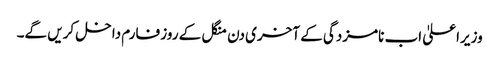
وزیراعلیٰ اب نامزدگی کے آخری دن منگل کے روز فارم داخل کریں گے۔